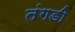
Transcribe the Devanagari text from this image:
तंगडी